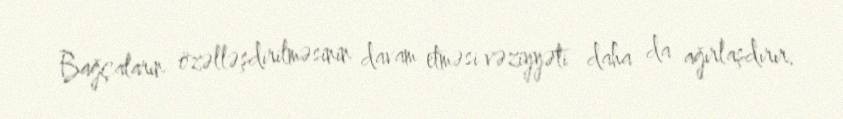
Bağçaların özəlləşdirilməsinin davam etməsi vəziyyəti daha da ağırlaşdırır.